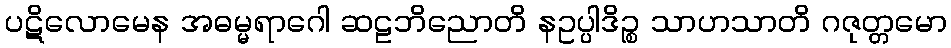
ပဋိလောမေန အဓမ္မရာဂေါ ဆဠဘိညောတိ နဥပ္ပါဒိဉ္စ သာဟသာတိ ဂဇုတ္တမော